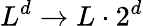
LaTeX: L^{d}\to L\cdot 2^{d}